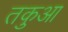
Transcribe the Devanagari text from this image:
तकुआ